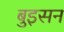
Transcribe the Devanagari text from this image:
बुइसन